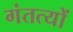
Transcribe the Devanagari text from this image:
गंतत्‍यों